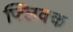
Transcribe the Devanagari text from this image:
फ्लिक्क